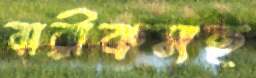
বারীকসহ